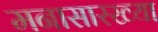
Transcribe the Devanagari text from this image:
मनासारख्या